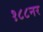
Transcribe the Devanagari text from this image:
१८८नर